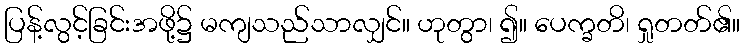
ပြန့်လွင့်ခြင်းအဖို့၌ မကျသည်သာလျှင်။ ဟုတွာ၊ ၍။ ပေက္ခတိ၊ ရှုတတ်၏။